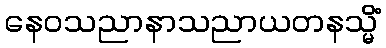
နေဝသညာနာသညာယတနသ္မိံ